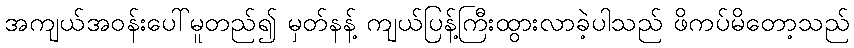
အကျယ်အဝန်းပေါ်မူတည်၍ မှတ်နန့် ကျယ်ပြန့်ကြီးထွားလာခဲ့ပါသည် ဖိကပ်မိတော့သည်